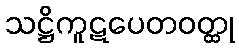
သဋ္ဌိကူဋပေတဝတ္ထု